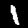
Digit: 1